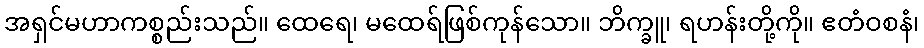
အရှင်မဟာကစ္စည်းသည်။ ထေရေ၊ မထေရ်ဖြစ်ကုန်သော။ ဘိက္ခူ၊ ရဟန်းတို့ကို။ ဧတံဝစနံ၊